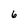
Character: 6